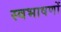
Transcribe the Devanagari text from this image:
स्वभाषणों